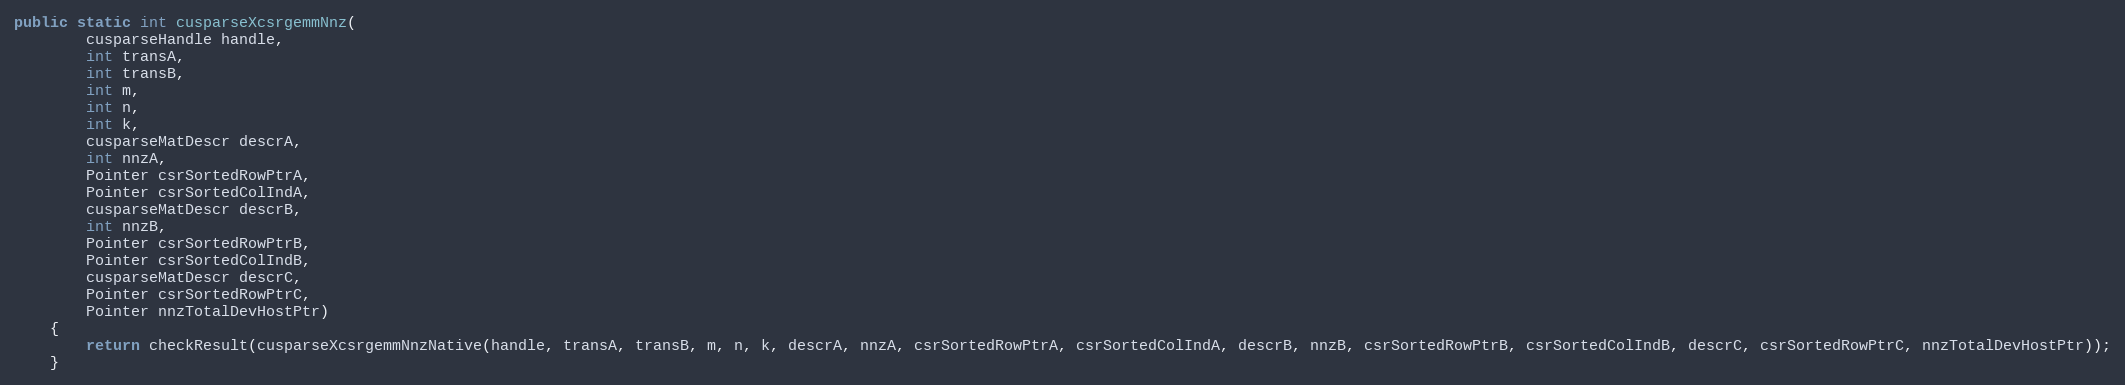
Language: Java
public static int cusparseXcsrgemmNnz(
        cusparseHandle handle,
        int transA,
        int transB,
        int m,
        int n,
        int k,
        cusparseMatDescr descrA,
        int nnzA,
        Pointer csrSortedRowPtrA,
        Pointer csrSortedColIndA,
        cusparseMatDescr descrB,
        int nnzB,
        Pointer csrSortedRowPtrB,
        Pointer csrSortedColIndB,
        cusparseMatDescr descrC,
        Pointer csrSortedRowPtrC,
        Pointer nnzTotalDevHostPtr)
    {
        return checkResult(cusparseXcsrgemmNnzNative(handle, transA, transB, m, n, k, descrA, nnzA, csrSortedRowPtrA, csrSortedColIndA, descrB, nnzB, csrSortedRowPtrB, csrSortedColIndB, descrC, csrSortedRowPtrC, nnzTotalDevHostPtr));
    }